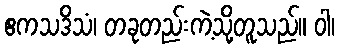
ဧကသဒိသံ၊ တခုတည်းကဲ့သို့တူသည်။ ဝါ၊